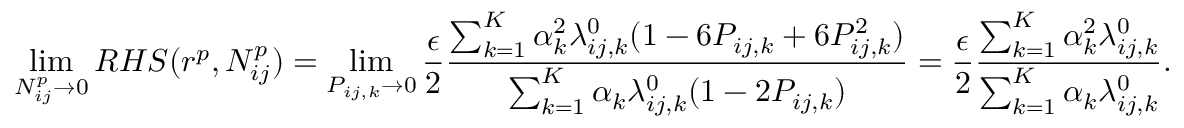
\operatorname* { l i m } _ { N _ { i j } ^ { p } \to 0 } R H S ( r ^ { p } , N _ { i j } ^ { p } ) = \operatorname* { l i m } _ { P _ { i j , k } \to 0 } \frac { \epsilon } { 2 } \frac { \sum _ { k = 1 } ^ { K } \alpha _ { k } ^ { 2 } \lambda _ { i j , k } ^ { 0 } ( 1 - 6 P _ { i j , k } + 6 P _ { i j , k } ^ { 2 } ) } { \sum _ { k = 1 } ^ { K } \alpha _ { k } \lambda _ { i j , k } ^ { 0 } ( 1 - 2 P _ { i j , k } ) } = \frac { \epsilon } { 2 } \frac { \sum _ { k = 1 } ^ { K } \alpha _ { k } ^ { 2 } \lambda _ { i j , k } ^ { 0 } } { \sum _ { k = 1 } ^ { K } \alpha _ { k } \lambda _ { i j , k } ^ { 0 } } .